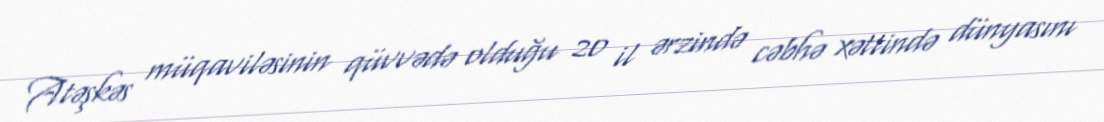
Atəşkəs müqaviləsinin qüvvədə olduğu 20 il ərzində cəbhə xəttində dünyasını